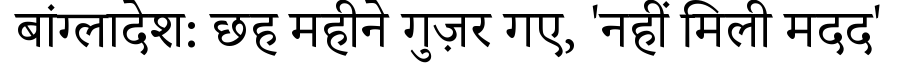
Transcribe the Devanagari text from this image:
बांग्लादेश: छह महीने गुज़र गए, 'नहीं मिली मदद'